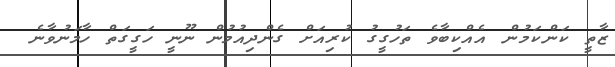
ޒާތީ ކަންކަމުން އެއްކިބާވެ ތަހުގީގު ކުރިއަށް ގެންދިއުމުން ނޫނީ ހަގީގަތް ހާމަނުވާނެ